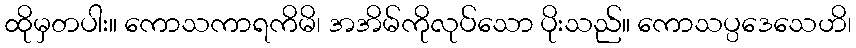
ထိုမှတပါး။ ကောသကာရကိမိ၊ အအိမ်ကိုလုပ်သော ပိုးသည်။ ကောသပ္ပဒေသေဟိ၊